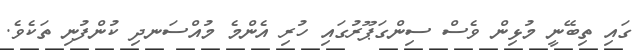
ގައި ތިބޭނީ މުޅިން ވެސް ސިންގަޕޫރުގައި ހުރި އެންމެ މުއްސަނދި ކުންފުނި ތަކެވެ.